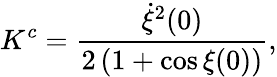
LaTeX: K^{c}=\frac{\dot{\xi}^{2}(0)}{2\left(1+\cos\xi(0)\right)},